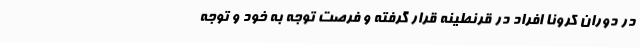
در دوران کرونا افراد در قرنطینه قرار گرفته و فرصت توجه به خود و توجه